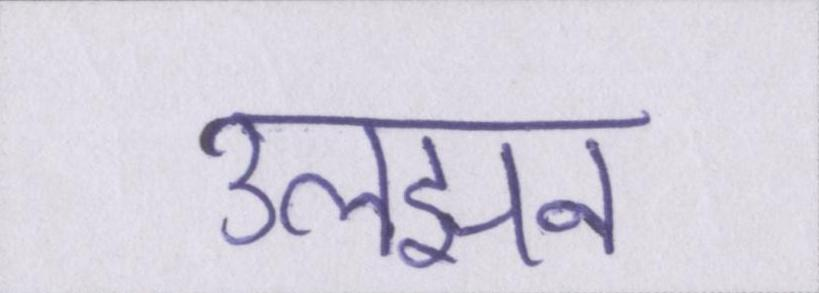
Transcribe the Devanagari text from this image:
उलझन